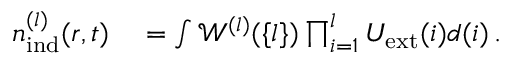
\begin{array} { r l } { { n } _ { \mathrm { i n d } } ^ { ( l ) } ( \boldsymbol { r } , t ) } & { { } = \int \mathscr { W } ^ { ( l ) } ( \{ l \} ) \prod _ { i = 1 } ^ { l } U _ { \mathrm { e x t } } ( i ) d ( i ) \, . } \end{array}